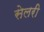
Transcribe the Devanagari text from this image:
सेलरी